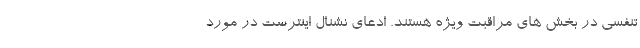
تنفسی در بخش های مراقبت ویژه هستند. ادعای نشنال ‌اینترست در مورد